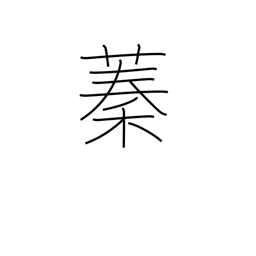
Meaning: thicket